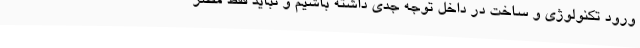
ورود تکنولوژی و ساخت در داخل توجه جدی داشته باشیم و نباید فقط مصر